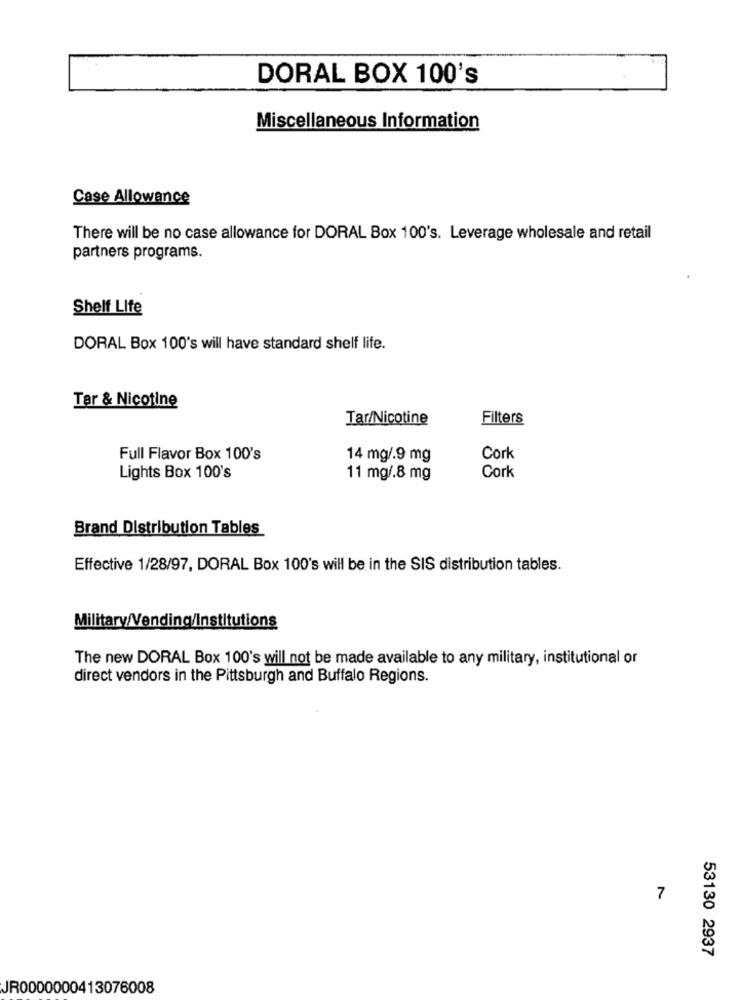
DORAL BOX 100's
Miscellaneous Information
Case Allowance
There will be no case allowance for DORAL Box 100's. Leverage wholesale and retail
partners programs.
Shelf Life
DORAL Box 100's will have standard shelf life.
Tar & Nicotine
Tar/Nicotine
Filters
Full Flavor Box 100's
14 mg/.9 mg
Cork
Lights Box 100's
11 mg/.8 mg
Cork
Brand Distribution Tables
Effective 1/28/97, DORAL Box 100's will be in the SIS distribution tables.
Military/Vending/Institutions
The new DORAL Box 100's will not be made available to any military, institutional or
direct vendors in the Pittsburgh and Buffalo Regions.
7
53130 2937
JR0000000413076008